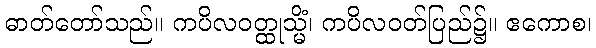
ဓာတ်တော်သည်။ ကပိလဝတ္ထုသ္မိံ၊ ကပိလဝတ်ပြည်၌။ ဧကောစ၊